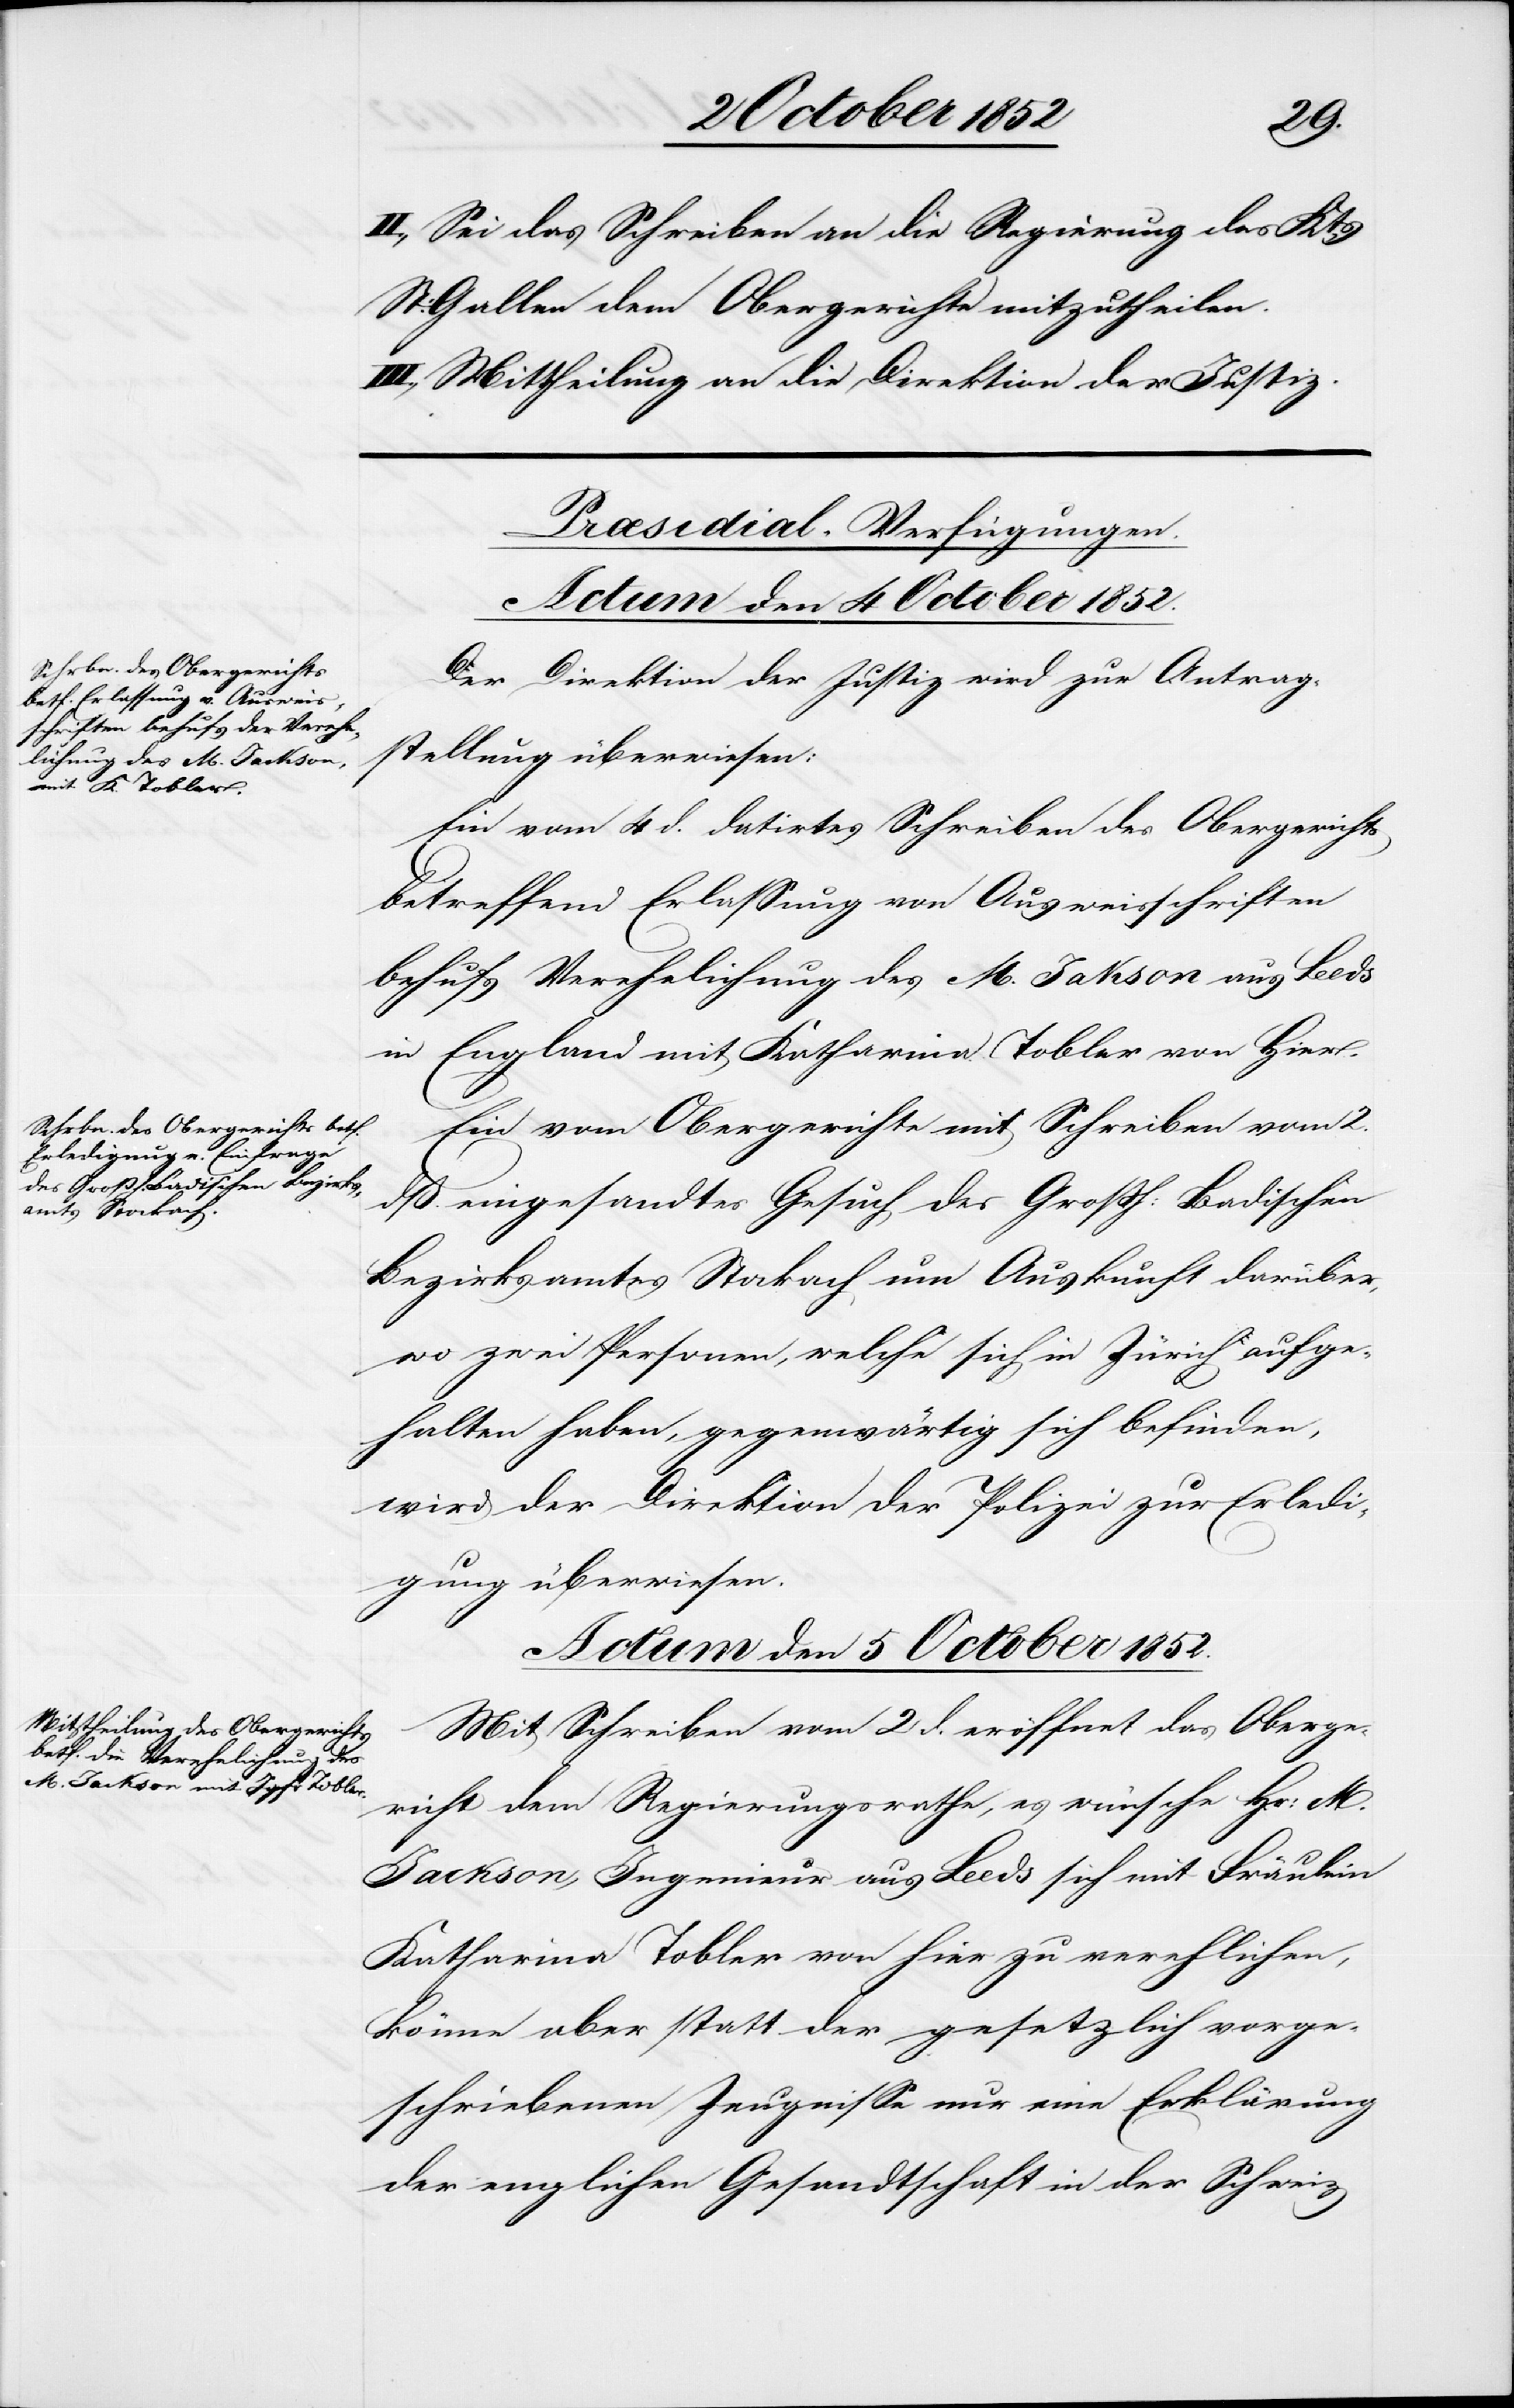
II., Sei das Schreiben an die Regierung des Kts.
St: Gallen dem Obergerichte mitzutheilen.
III., Mittheilung an die Direktion der Justiz.
[Præsidial-Verfügungen.]
Actum den 4 October 1852.]
Der Direktion der Justiz wird zur Antrag¬
stellung überwiesen:
Ein vom 4 d. datirtes Schreiben des Obergerichts
betreffend Erlassung von Ausweisschriften
behufs Verehelichung des M. Jakson [sic!]
in England mit Katharina Tobler von Hier.
Ein vom Obergerichte mit Schreiben vom 2.
dß. eingesandtes Gesuch des Großh: Badischen
Bezirksamtes Stockach um Auskunft darüber,
wo zwei Personen, welche sich in Zürich aufge¬
halten haben, gegenwärtig sich befinden,
wird der Direktion der Polizei zur Erledi¬
gung überwiesen.
Actum den 5 October 1852.
Mit Schreiben vom 2 d. eröffnet das Oberge¬
richt dem Regierungsrathe, es wünsche Hr: M.
Jackson, Ingenieur aus Leeds sich mit Fräulein
Katharina Tobler von hier zu verehlichen,
könne aber statt der gesetzlich vorge¬
schriebenen Zeugnisse nur eine Erklärung
der engli[s]chen Gesandtschaft in der Schweiz